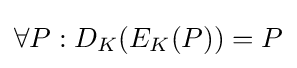
\forall P:D_{K}(E_{K}(P))=P